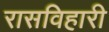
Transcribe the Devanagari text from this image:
रासविहारी